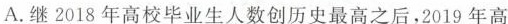
A.继2018年高校毕业生人数创历史最高之后，2019年高